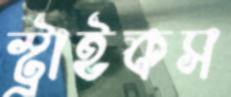
স্ট্রাইকস